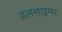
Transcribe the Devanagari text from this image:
डलसाइमर